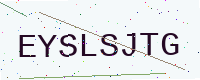
Text: EYSLSJTG